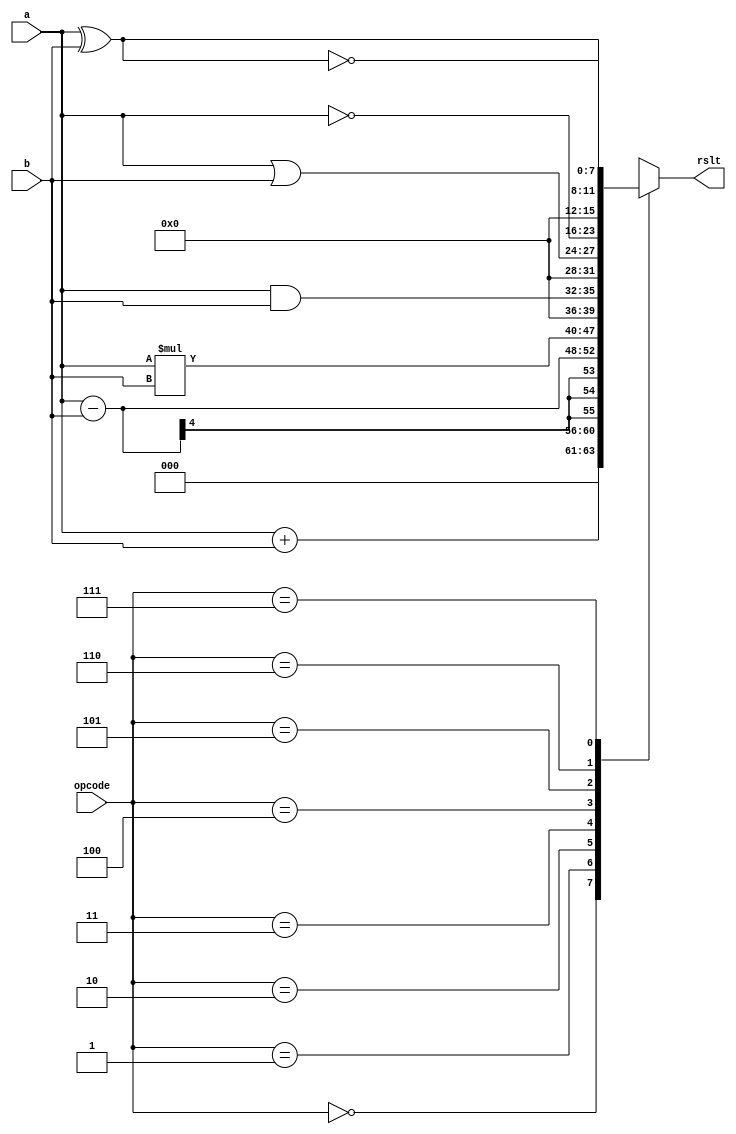
module alu (a, b, opcode, rslt);
input [3:0] a, b;
input [2:0] opcode;
output [7:0] rslt;
reg [7:0] rslt;
parameter add_op = 3'b000,
sub_op = 3'b001,
mul_op = 3'b010,
and_op = 3'b011,
or_op = 3'b100,
not_op = 3'b101, //negation
xor_op = 3'b110,
xnor_op = 3'b111;
always @ (a or b or opcode)
begin
case (opcode)
add_op: rslt = a + b;
sub_op: rslt = a - b;
mul_op: rslt = a * b;
and_op: rslt = a & b; //also ab
or_op: rslt = a | b;
not_op: rslt = ~a; //also ~b
xor_op: rslt = a ^ b;
xnor_op: rslt = ~(a ^ b);
endcase
end
endmodule